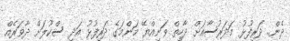
ދެން.. ދަރިފުޅު މަދަރުސާއަށް ދާހިތް ވަނިއްޔޭ މަންމަގެ ދަރިފުޅު އަދި ސްކޫލަށް ދާވަރެއް